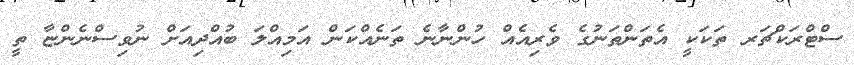
ސްޓްރަކްޗަރ ތަކަކީ އެތަންތަނުގެ ވެރިއެއް ހުންނާނެ ތަނެއްކަން އަމިއްލަ ބުއްދިއަށް ނުވިސްނެންޏާ ތީ